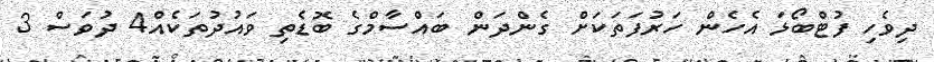
ދިވެހި ފުޓްބޯޅަ އެހެން ހަރުފަތަކަށް ގެންދަން ބައްސާމްގެ ބޮޑެތި ވައުދުތަކެއް4 ދުވަސް 3